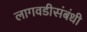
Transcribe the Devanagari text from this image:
लागवडीसंबंधी